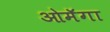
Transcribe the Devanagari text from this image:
ओमॅगा